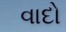
વાદો